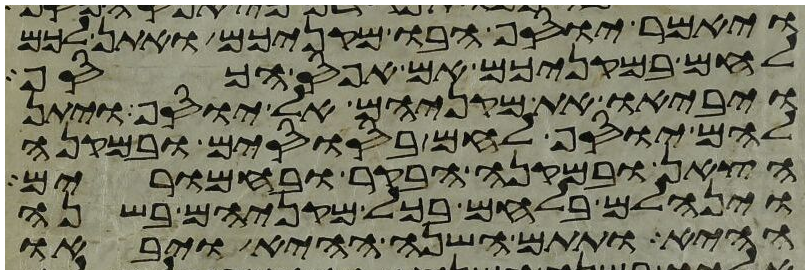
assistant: ויאמר יוסף הבו מקניכם ואתן לכם
לחם במקניכם אם אפס הכסף
ויביאו את מקניהם אל יוסף ויתן
להם יוסף לחם בסוסים ובמקנה
הצאן ובמקנה הבקר ובחמרים
וינחלם בלחם בכל מקניהם בשנה
ההיא ותתם השנה ההיא ויבאו